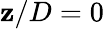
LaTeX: \mathbf{z}/D=0